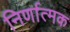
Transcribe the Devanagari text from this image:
निर्णात्मक